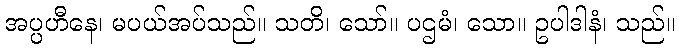
အပ္ပဟီနေ၊ မပယ်အပ်သည်။ သတိ၊ သော်။ ပဌမံ၊ သော။ ဥပါဒါနံ၊ သည်။